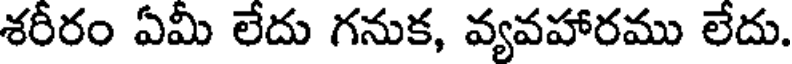
శరీరం ఏమీ లేదు గనుక, వ్యవహారము లేదు.